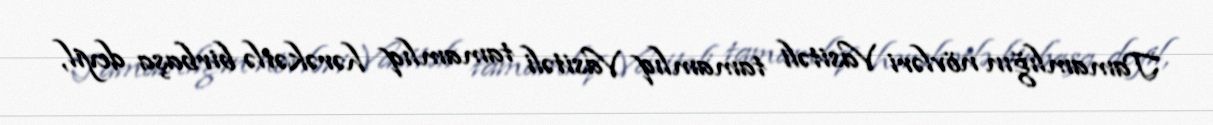
Tamamlığın növləri Vasitəli tamamlıq Vasitəli tamamlıq hərəkətlə birbaşa deyil,